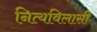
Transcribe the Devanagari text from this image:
नित्यविलासी